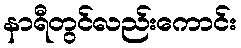
နာရီတွင်လည်းကောင်း